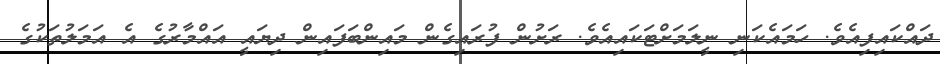
ދައްކައިފިއެވެ. ހަމައެކަނި ނީލަމަށްޓަކައިއެވެ. ރަށުން ފުރައިގެން މައިންބަފައިން ދިޔައީ އައްމާރުގެ އެ އަމަލުތަކުގެ